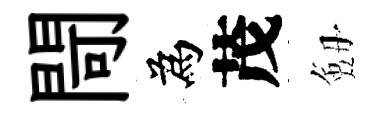
閜為茂劔